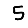
Digit: 5